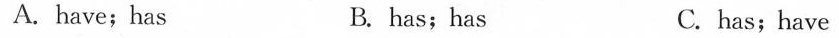
A.have;has B. has;has C.has;have